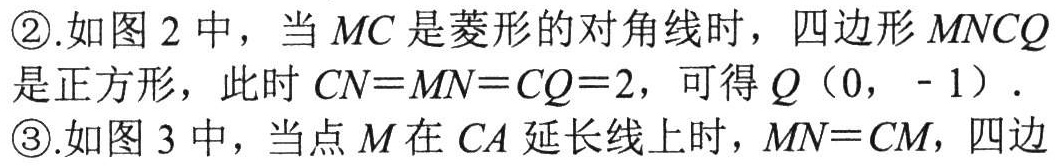
\textcircled{2}.如图2中，当$MC$是菱形的对角线时，四边形$MNCQ$是正方形，此时$CN = MN = CQ = 2$，可得$Q（0， - 1）$．\textcircled{3}.如图3中，当点$M$在$CA$延长线上时，$MN = CM$，四边